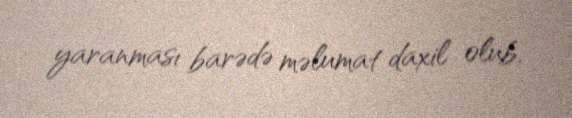
yaranması barədə məlumat daxil olub.